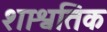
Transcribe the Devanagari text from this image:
शाश्वतिक